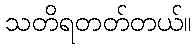
သတိရတတ်တယ်။